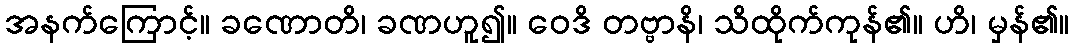
အနက်ကြောင့်။ ခဏောတိ၊ ခဏဟူ၍။ ဝေဒိ တဗ္ဗာနိ၊ သိထိုက်ကုန်၏။ ဟိ၊ မှန်၏။